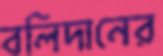
বলিদানের